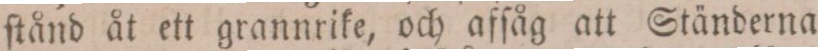
ſtånd åt ett grannrike, och afſåg att Ständerna